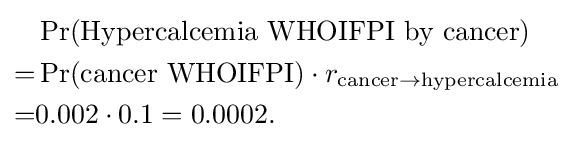
{\begin{aligned}&\Pr({\text{Hypercalcemia WHOIFPI by cancer}})\\=&\Pr({\text{cancer WHOIFPI}})\cdot r_{{\text{cancer}}\rightarrow {\text{hypercalcemia}}}\\=&0.002\cdot 0.1=0.0002.\end{aligned}}